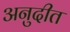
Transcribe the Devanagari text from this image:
अनुदीत